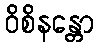
ဝိစိနန္တော